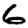
Digit: 6